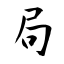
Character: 局